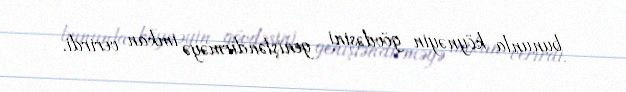
bununla köynəyin gövdəsini genişləndirməyə imkan verirdi.